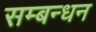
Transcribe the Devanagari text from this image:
सम्बन्धन